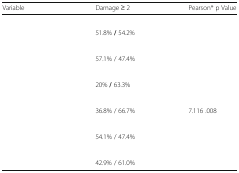
<table><thead><tr><td><b>Variable</b></td><td><b>Damage ≥ 2</b></td><td><b>Pearson* p Value</b></td></tr></thead><tbody><tr><td colspan="3">[EMPTY_CELL]</td></tr><tr><td>[EMPTY_CELL]</td><td>51.8% <b>/</b> 54.2%</td><td>[EMPTY_CELL]</td></tr><tr><td colspan="3">[EMPTY_CELL]</td></tr><tr><td>[EMPTY_CELL]</td><td>57.1% / 47.4%</td><td>[EMPTY_CELL]</td></tr><tr><td colspan="3">[EMPTY_CELL]</td></tr><tr><td>[EMPTY_CELL]</td><td>20% <b>/</b> 63.3%</td><td>[EMPTY_CELL]</td></tr><tr><td colspan="3">[EMPTY_CELL]</td></tr><tr><td>[EMPTY_CELL]</td><td>36.8% / 66.7%</td><td>7.116 .008</td></tr><tr><td colspan="3">[EMPTY_CELL]</td></tr><tr><td>[EMPTY_CELL]</td><td>54.1% / 47.4%</td><td>[EMPTY_CELL]</td></tr><tr><td colspan="3">[EMPTY_CELL]</td></tr><tr><td>[EMPTY_CELL]</td><td>42.9% / 61.0%</td><td>[EMPTY_CELL]</td></tr></tbody></table>